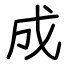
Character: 成